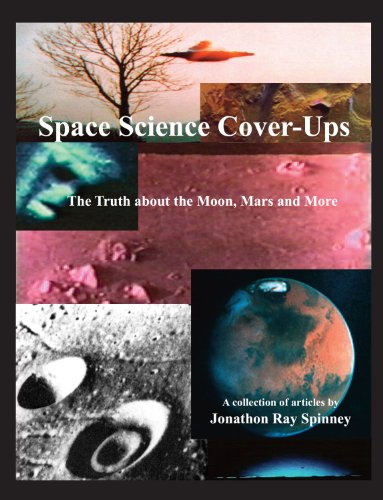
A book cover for Space Science Cover-Ups - The Truth about the Moon, Mars and More; Jonathon Ray Spinney; Science & Math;